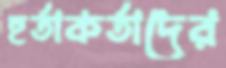
হর্তাকর্তাদের